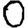
Digit: 0